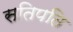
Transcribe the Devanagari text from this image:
सतिपति